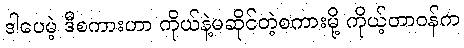
ဒါပေမဲ့ ဒီစကားဟာ ကိုယ်နဲ့မဆိုင်တဲ့စကားမို့ ကိုယ့်တာဝန်က